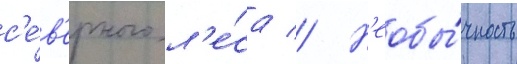
с'е́в'ерного л'е́са // Н'еобы́чность